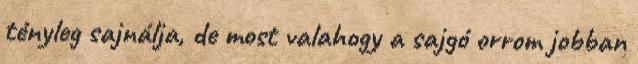
tényleg sajnálja, de most valahogy a sajgó orrom jobban